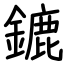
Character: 鏕